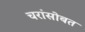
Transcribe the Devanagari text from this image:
चरांसोबत